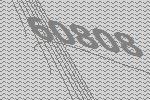
60808